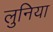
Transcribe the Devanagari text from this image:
लुनिया